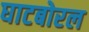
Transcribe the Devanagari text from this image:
घाटबोरल